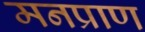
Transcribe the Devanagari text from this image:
मनप्राण